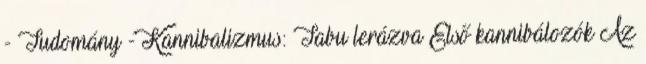
- Tudomány - Kannibalizmus: Tabu lerázva Első kannibálozók Az